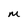
Character: M